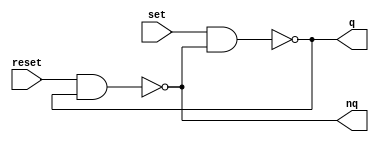
module m_rs_flipflop(input set,input reset,output q,output nq);
	assign q=~(set & nq);
	assign nq=~(reset & q);
endmodule